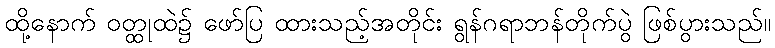
ထို့နောက် ဝတ္ထုထဲ၌ ဖော်ပြ ထားသည့်အတိုင်း ရွန်ဂရာဘန်တိုက်ပွဲ ဖြစ်ပွားသည်။